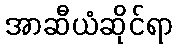
အာဆီယံဆိုင်ရာ